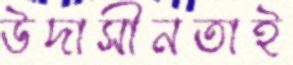
উদাসীনতাই